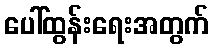
ပေါ်ထွန်းရေးအတွက်